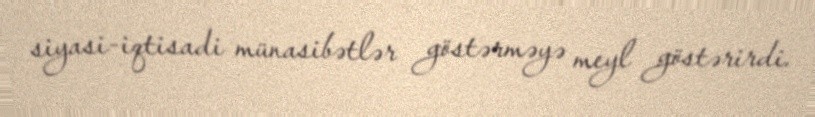
siyasi-iqtisadi münasibətlər göstərməyə meyl göstərirdi.